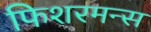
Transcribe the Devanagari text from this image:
फिशरमन्स